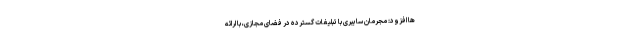
ها افزود: مجرمان سایبری با تبلیغات گسترده در فضای مجازی، با ارائه